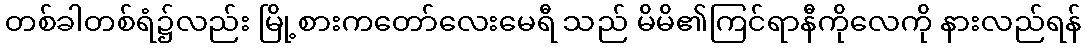
တစ်ခါတစ်ရံ၌လည်း မြို့စားကတော်လေးမေရီ သည် မိမိ၏ကြင်ရာနီကိုလေကို နားလည်ရန်